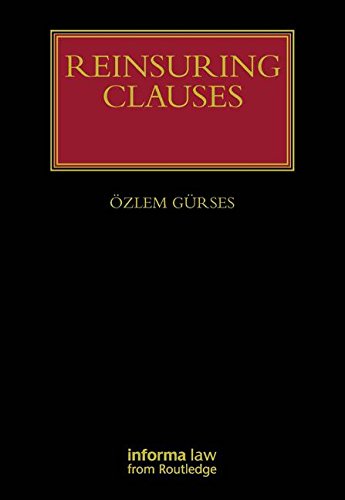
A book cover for Reinsuring Clauses (Insurance Law Library); Ozlem Gurses; Law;